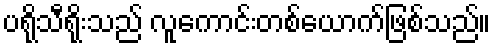
ပရိုသီရိုးသည် လူကောင်းတစ်ယောက်ဖြစ်သည်။